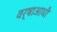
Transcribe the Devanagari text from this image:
वर्षाआधी